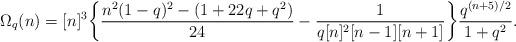
LaTeX: \begin{align*}\Omega_q(n)=[n]^3\bigg\{\frac{n^2(1-q)^2-(1+22q+q^2)}{24}-\frac{1}{q[n]^2[n-1][n+1]}\bigg\}\frac{q^{(n+5)/2}}{1+q^2}.\end{align*}